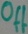
Text: Off